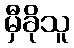
မှီခိုသူ